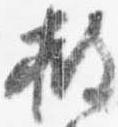
披